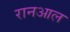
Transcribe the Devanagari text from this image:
रानआल